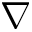
\nabla